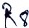
Text: R8